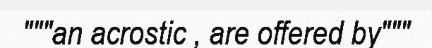
"""an acrostic , are offered by"""